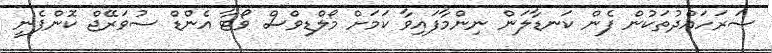
ސަރަހައްދުތަކުން ފެން ކަނޑާލަން ނިންމާފައިވާ ކަމަށް މޯލްޑިވްސް ވޯޓާ އެންޑް ސުވަރޭޖް ކޮންޕެނީ